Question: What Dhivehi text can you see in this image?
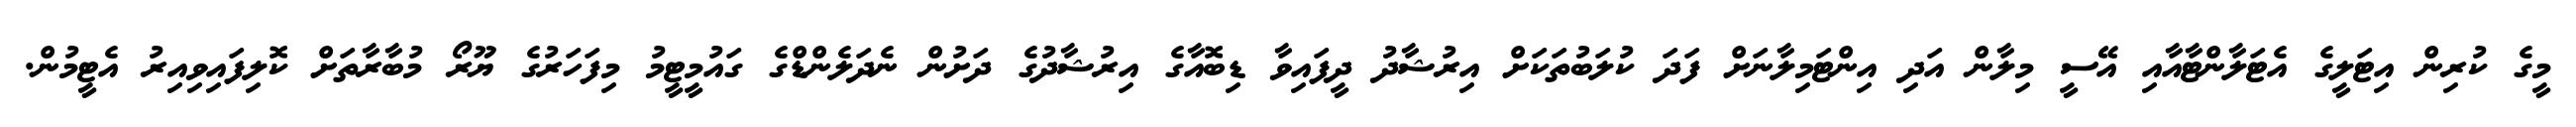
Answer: މީގެ ކުރިން އިޓަލީގެ އެޓަލާންޓާއާއި އޭސީ މިލާން އަދި އިންޓަމިލާނަށް ފަދަ ކުލަބުތަކަށް އިރުޝާދު ދީފައިވާ ޑިބޮއާގެ އިރުޝާދުގެ ދަށުން ނެދަލެންޑްގެ ގައުމީޓީމު މިފަހަރުގެ ޔޫރޯ މުބާރާތަށް ކޮލިފައިވިއިރު އެޓީމުން.